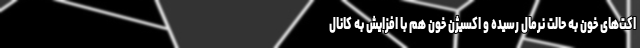
اکت‌های خون به حالت نرمال رسیده و اکسیژن خون هم با افزایش به کانال